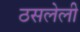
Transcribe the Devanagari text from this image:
ठसलेली